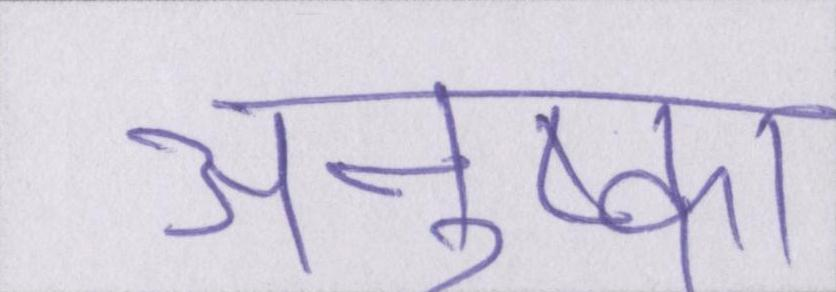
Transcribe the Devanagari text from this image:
अनुष्का